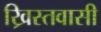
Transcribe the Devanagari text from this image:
ख्रिस्तवासी